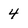
Character: 4